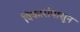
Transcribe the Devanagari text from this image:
विकारांपासून